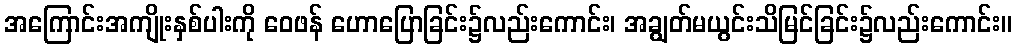
အကြောင်းအကျိုးနှစ်ပါးကို ဝေဖန် ဟောပြောခြင်း၌လည်းကောင်း၊ အချွတ်မယွင်းသိမြင်ခြင်း၌လည်းကောင်း။